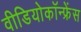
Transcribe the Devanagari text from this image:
वीडियोकॉन्फ्रेंस